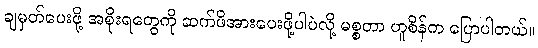
ချမှတ်ပေးဖို့ အစိုးရတွေကို ဆက်ဖိအားပေးဖို့ပါပဲလို့ မစ္စတာ ဟူစိန်က ပြောပါတယ်။